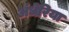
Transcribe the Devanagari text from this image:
अंधेरिया